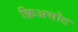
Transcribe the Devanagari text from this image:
क्रिअसोट